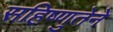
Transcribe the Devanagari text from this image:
सहिष्णुतेने